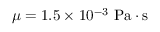
\mu = 1 . 5 \times 1 0 ^ { - 3 } ~ \mathrm { P a \cdot s }